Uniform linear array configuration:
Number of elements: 12
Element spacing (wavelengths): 1
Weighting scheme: binomial
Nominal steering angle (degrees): -45
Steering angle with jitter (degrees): -45.79
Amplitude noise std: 0.05
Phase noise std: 0.05

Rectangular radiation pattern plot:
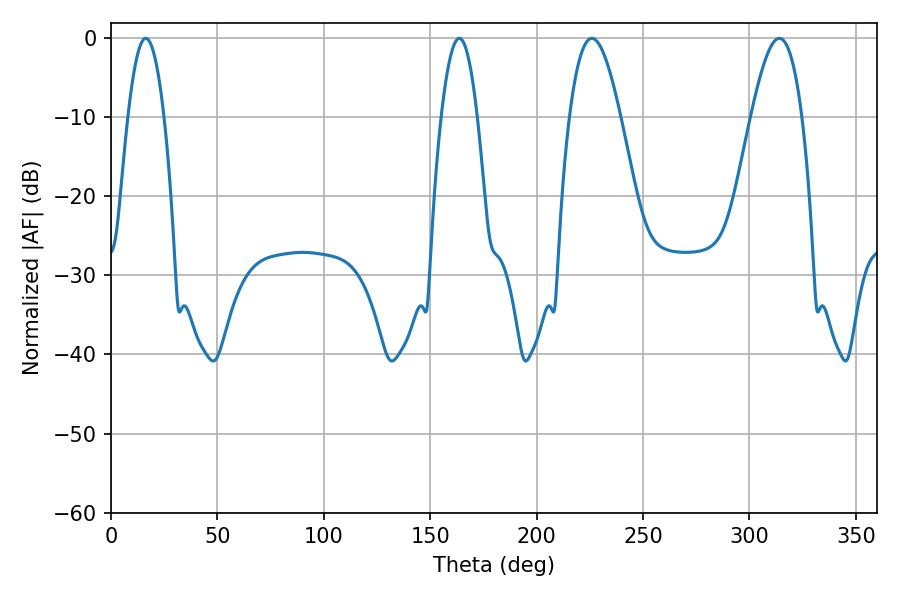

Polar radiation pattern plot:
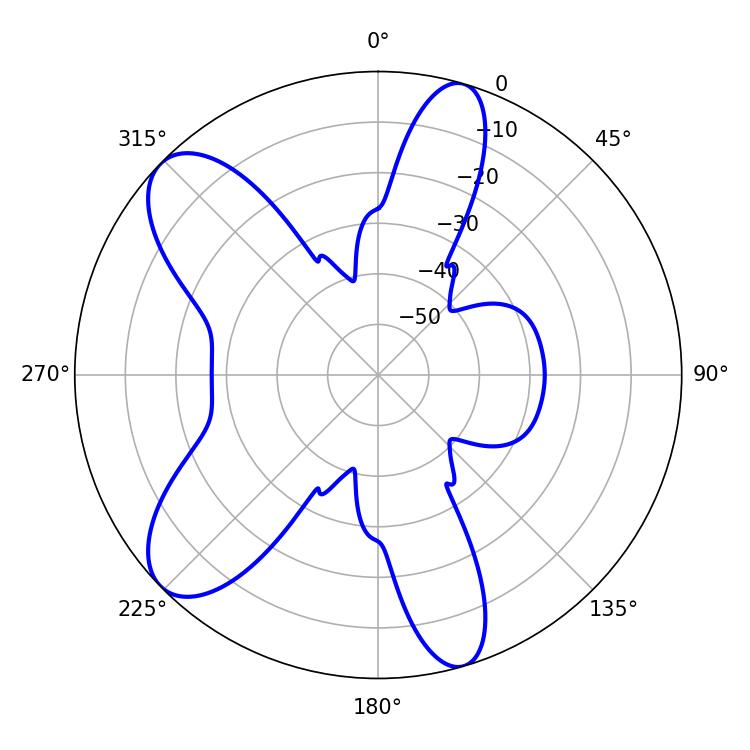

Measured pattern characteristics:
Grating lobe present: TRUE
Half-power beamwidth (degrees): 12.96
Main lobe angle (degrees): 225.9